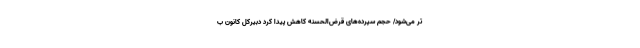
‌تر می‌شود/ حجم سپرده‌های قرض‌الحسنه کاهش پیدا کرد دبیرکل کانون ب